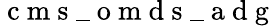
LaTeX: \mathrm{~c~m~s~}\_ \mathrm{~o~m~d~s~}\_ \mathrm{~a~d~g~}